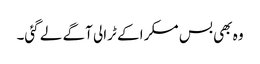
وہ بھی بس مسکرا کے ٹرالی آگے لے گئی۔